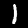
Label: 1